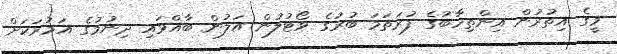
މީގެ އިތުރުން އިންތިހާބުގެ ފުރަތަމަ ބުރުގެ ވޯޓުލުން އަލުން ބާއްވައި ދިނުމުގެ އަމުރަކަށް